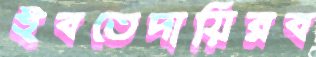
ইবতেদায়িরব